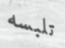
تلبسه